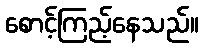
စောင့်ကြည့်နေသည်။